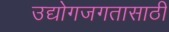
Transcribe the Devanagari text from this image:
उद्योगजगतासाठी